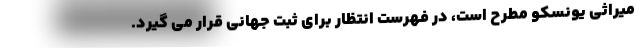
میراثی یونسکو مطرح است، در فهرست انتظار برای ثبت جهانی قرار می گیرد.